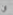
ان